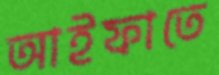
আইফাতে